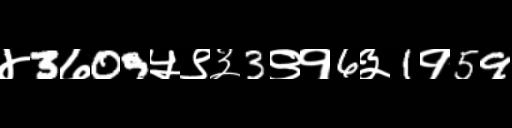
Text: ४3७09५९३3९१6३1१59